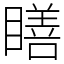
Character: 𥊳